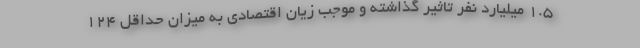
۱.۵ میلیارد نفر تاثیر گذاشته و موجب زیان اقتصادی به میزان حداقل ۱۲۴